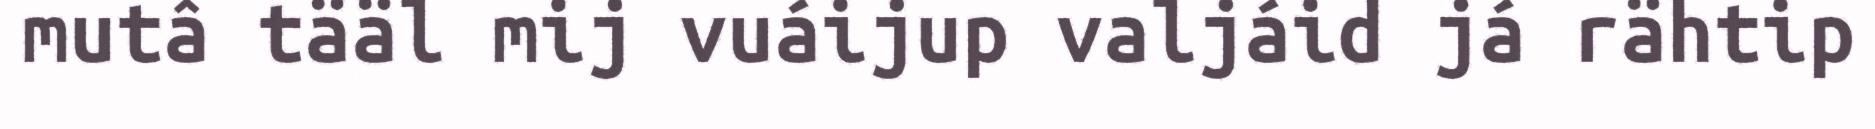
mutâ tääl mij vuáijup valjáid já rähtip